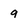
Character: 9